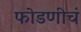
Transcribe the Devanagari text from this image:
फोडणीचं